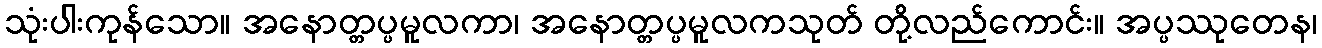
သုံးပါးကုန်သော။ အနောတ္တပ္ပမူလကာ၊ အနောတ္တပ္ပမူလကသုတ် တို့လည်ကောင်း။ အပ္ပဿုတေန၊